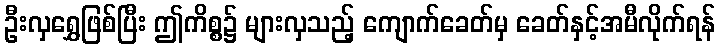
ဦးလှရွှေဖြစ်ပြီး ဤကိစ္စ၌ များလှသည့် ကျောက်ခေတ်မှ ခေတ်နှင့်အမီလိုက်ရန်